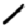
Digit: 1